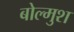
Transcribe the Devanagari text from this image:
बोल्मुश